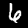
Label: 6